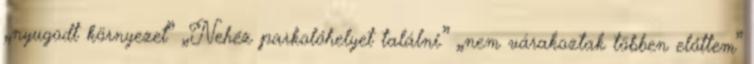
„nyugodt környezet” „Nehéz parkolóhelyet találni.” „nem várakoztak többen előttem”